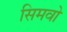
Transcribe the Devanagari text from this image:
सिमवो